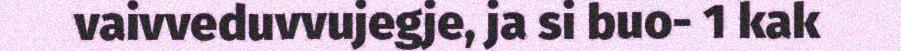
vaivveduvvujegje, ja si buo- 1 kak